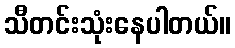
သီတင်းသုံးနေပါတယ်။